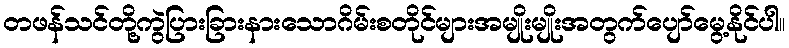
တဖန်သင်တို့ကွဲပြားခြားနားသောဂိမ်းစတိုင်များအမျိုးမျိုးအတွက်ပျော်မွေ့နိုင်ပါ။